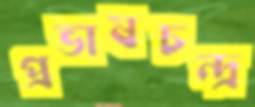
প্রভাষচন্দ্র